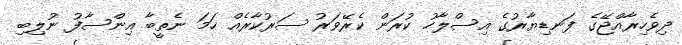
ދިވެހިރާއްޖޭގެ ފަނޑިޔާރުގެ އިސްލާހު ކުރަން ކެރޭވަރު ސަރުކާރެއް ހަމަ ނެތީބާ އިންސާފު ނުލިބި